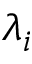
\lambda _ { i }